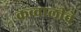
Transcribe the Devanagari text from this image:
कव्वालीचे